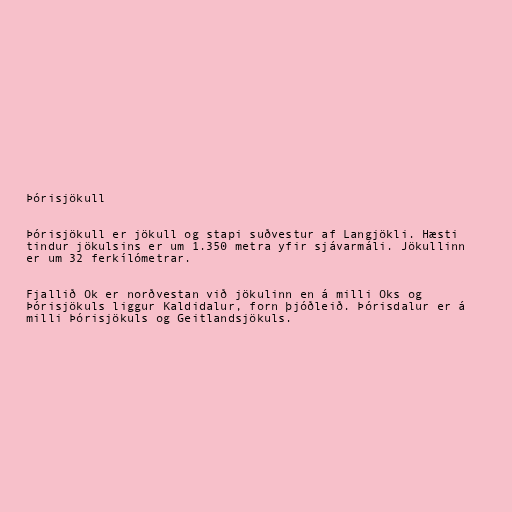
Þórisjökull

Þórisjökull er jökull og stapi suðvestur af Langjökli. Hæsti
tindur jökulsins er um 1.350 metra yfir sjávarmáli. Jökullinn
er um 32 ferkílómetrar.

Fjallið Ok er norðvestan við jökulinn en á milli Oks og
Þórisjökuls liggur Kaldidalur, forn þjóðleið. Þórisdalur er á
milli Þórisjökuls og Geitlandsjökuls.